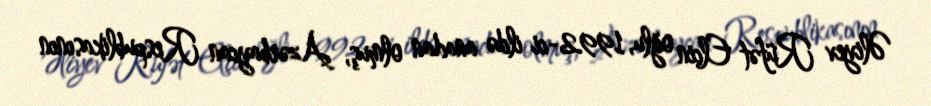
Əliyev Rüfət Elçin oğlu, 1992-ci ildə anadan olmuş, Azərbaycan Respublikasının